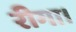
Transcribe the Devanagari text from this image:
रीगा।